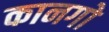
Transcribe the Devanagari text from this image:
कानगो